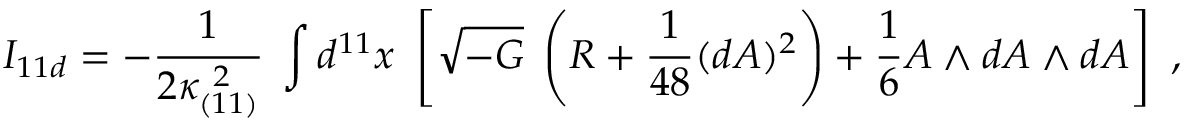
I _ { 1 1 d } = - { \frac { 1 } { 2 \kappa _ { ( 1 1 ) } ^ { \ 2 } } } \; \int d ^ { 1 1 } x \ \left[ \sqrt { - G } \; \left( R + { \frac { 1 } { 4 8 } } ( d A ) ^ { 2 } \right) + { \frac { 1 } { 6 } } A \wedge d A \wedge d A \right] \ ,